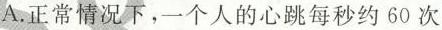
A.正常情况下，一个人的心跳每秒约60次